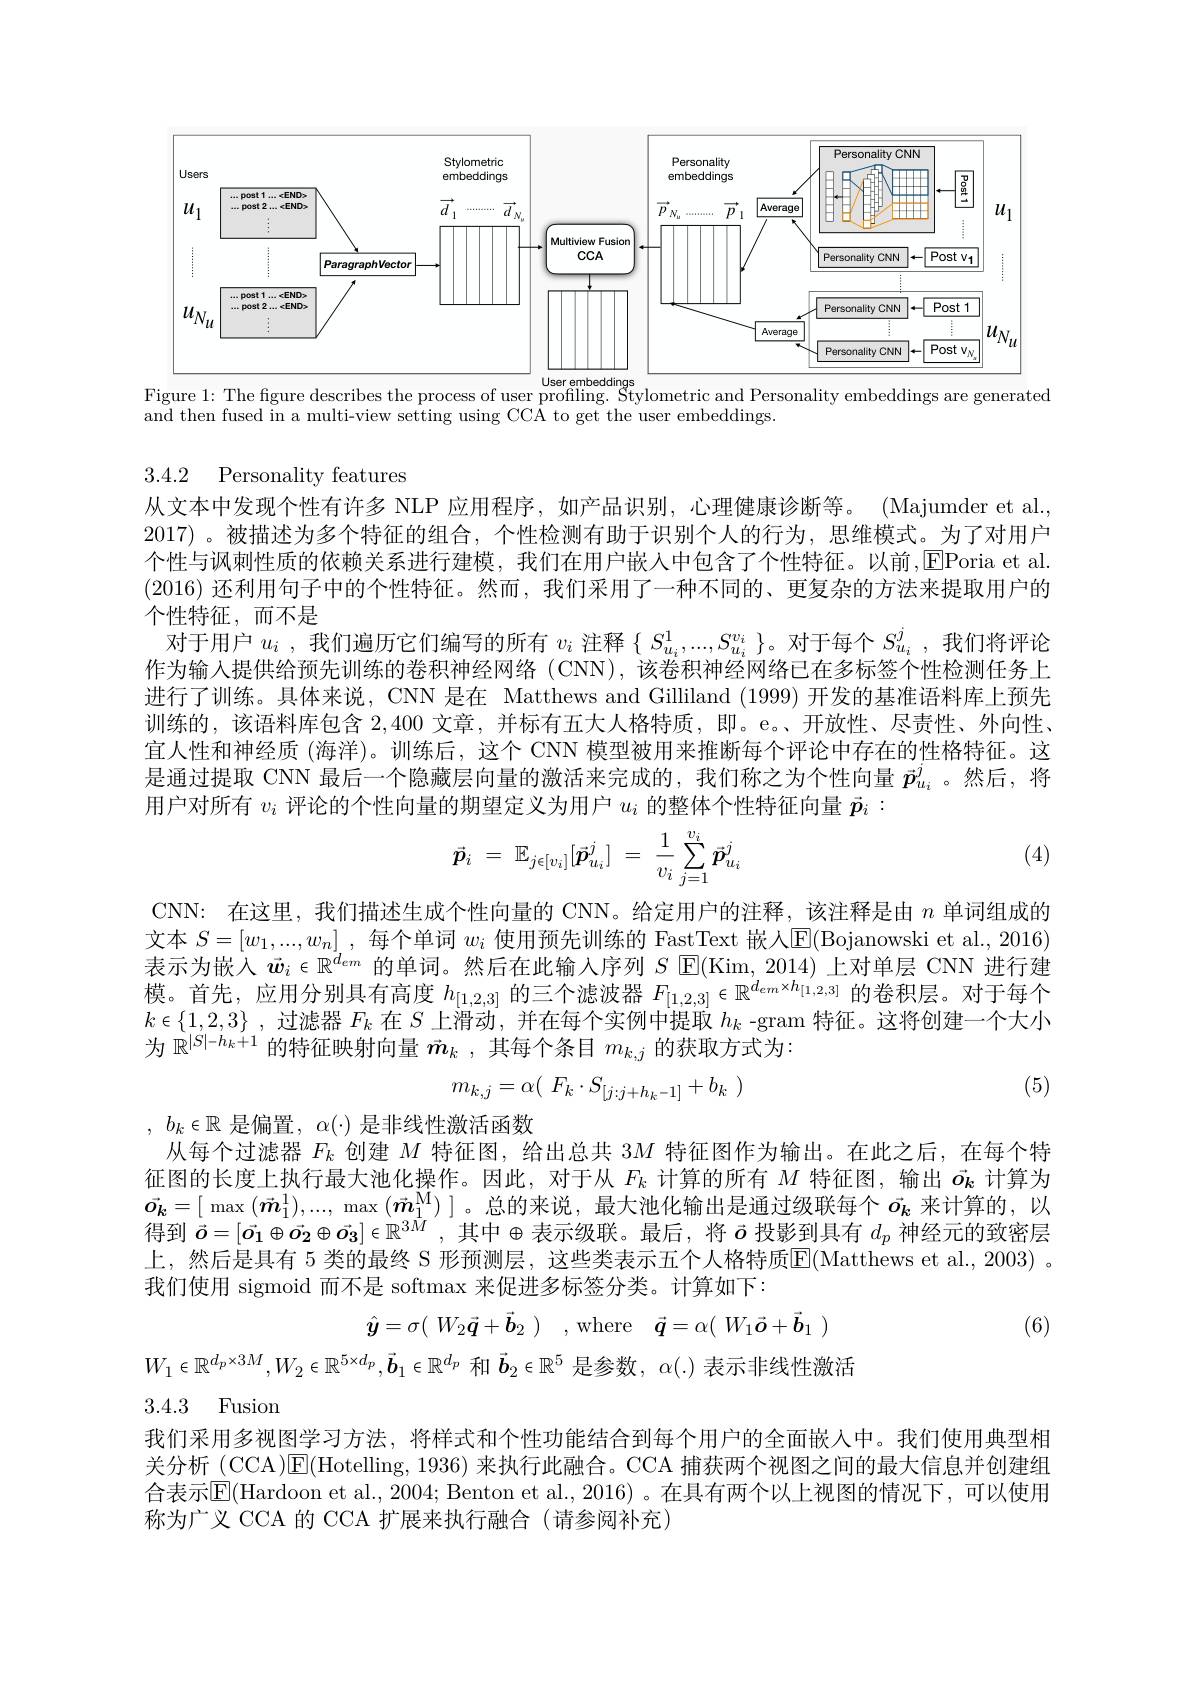
<FigureHere>
Figure 1: The figure describes the process of user profiling. Stylometric and Personality embeddings are generated

and then fused in a multi-view setting using CCA to get the user embeddings

3.4.2 Personality features

从文本中发现个性有许多 NLP 应用程序，如产品识别，心理健康诊断等。(Majumder et al., 2017) 。被描述为多个特征的组合，个性检测有助于识别个人的行为，思维模式。为了对用户个性与讽刺性质的依赖关系进行建模，我们在用户嵌入中包含了个性特征。以前，[E]Poria et al (2016)还利用句子中的个性特征。然而，我们采用了一种不同的、更复杂的方法来提取用户的个性特征，而不是
对于用户$u_i$ ,我们遍历它们编写的所有$v_i$注释$\{S_u_i^1,...,S_{u_i}^{v_i}\}$。对于每个$S_u_i^j$,我们将评论作为输入提供给预先训练的卷积神经网络 (CNN),该卷积神经网络已在多标签个性检测任务上进行了训练。具体来说，CNN 是在 Matthews and Gilliland (1999) 开发的基准语料库上预先训练的，该语料库包含2，400文章，并标有五大人格特质，即。e。开放性、尽责性、外向性、 宜人性和神经质 (海洋)。训练后，这个 CNN 模型被用来推断每个评论中存在的性格特征。这是通过提取 CNN 最后一个隐藏层向量的激活来完成的，我们称之为个性向量$\vec{p}_{u_i}^j$。然后，将用户对所有$v_i$评论的个性向量的期望定义为用户$u_i$的整体个性特征向量$\vec{p}_i:$

(4)
$$\vec{p}_i\:=\:\mathbb{E}_{j\in[v_i]}[\vec{p}_{u_i}^j]\:=\:\dfrac{1}{v_i}\sum_{j=1}^{v_i}\vec{p}_{u_i}^j$$
CNN: 在这里，我们描述生成个性向量的 CNN。给定用户的注释，该注释是由$n$单词组成的文本$S=[w_1,...,w_n]$,每个单词$w_i$使用预先训练的 FastText 嵌人$\overline{\mathrm{E}}($Bojanowski et al., 2016) 表示为嵌入$\vec{w}_i\in\mathbb{R}^{d_{em}}$的单词。然后在此输入序列$S$ E(Kim, 2014) 上对单层 CNN 进行建模。首先，应用分别具有高度$h_[1,2,3]$的三个滤波器$F_[1,2,3]\in\mathbb{R}^{d_{em}\times h_{[1,2,3]}}$的卷积层。对于每个$k\in\{1,2,3\}$ ,过滤器$F_k$在$S$上滑动，并在每个实例中提取$h_k$ -gram 特征。这将创建一个大小为$\mathbb{R}^{|S|-h_k+1}$的特征映射向量$\vec{m}_k$ ,其每个条目$m_k,j$的获取方式为：

(5)
$$m_{k,j}=\alpha(\begin{array}{c}F_k\cdot S_{[j:j+h_k-1]}+b_k\end{array})$$
, $b_k\in \mathbb{R}$ 是偏置，$\alpha ( \cdot )$ 是非线性激活函数
从每个过滤器$F_k$创建$M$特征图，给出总共$3M$特征图作为输出。在此之后，在每个特征图的长度上执行最大池化操作。因此，对于从$F_k$计算的所有$M$特征图，输出$\vec{o_k}$计算为$\vec{\boldsymbol{o_k}}=[$ max $(\vec{\boldsymbol{m}}_1^1),...$, max $(\vec{\boldsymbol{m}}_1^{\mathsf{M}})$ ]。总的来说，最大池化输出是通过级联每个$\vec{o_k}$来计算的，以得到$\vec{o}=[\vec{o_1}\oplus\vec{o_2}\oplus\vec{o_3}]\in\mathbb{R}^{3M}$ ,其中$\oplus$表示级联。最后，将$\vec{o}$投影到具有$d_p$神经元的致密层上，然后是具有 5 类的最终 S 形预测层，这些类表示五个人格特质$\overline{\mathrm{E}}($Matthews et al.,2003) 。我们使用 sigmoid 而不是 softmax 来促进多标签分类。计算如下：
$$\hat{\boldsymbol{y}}=\sigma(\begin{array}{c}W_2\vec{\boldsymbol{q}}+\vec{\boldsymbol{b}}_2\end{array})\quad,\mathrm{where}\quad\vec{\boldsymbol{q}}=\alpha(\begin{array}{c}W_1\vec{\boldsymbol{o}}+\vec{\boldsymbol{b}}_1\end{array})$$
(6)

$W_1\in\mathbb{R}^{d_p\times3M},W_2\in\mathbb{R}^{5\times d_p},\vec{\boldsymbol{b}}_1\in\mathbb{R}^{d_p}$和$\vec{\boldsymbol{b}}_2\in\mathbb{R}^5$是参数，$\alpha(.)$表示非线性激活

3.4.3 Fusion

我们采用多视图学习方法，将样式和个性功能结合到每个用户的全面嵌人中。我们使用典型相关分析 (CCA)$\mathsf{E}($Hotelling, 1936) 来执行此融合。CCA 捕获两个视图之间的最大信息并创建组合表示$\mathbb{E}($Hardoon et al..,2004; Benton et al.,2016) 。在具有两个以上视图的情况下，可以使用称为广义 CCA 的 CCA 扩展来执行融合 (请参阅补充)